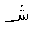
Letter: _shin